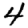
Digit: 4